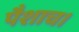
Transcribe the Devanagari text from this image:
पैशाच।